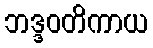
ဘဒ္ဒဝတိကာယ